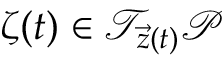
\boldsymbol { \zeta } ( t ) \in \mathcal { T } _ { \vec { z } ( t ) } \mathcal { P }